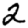
Digit: 2